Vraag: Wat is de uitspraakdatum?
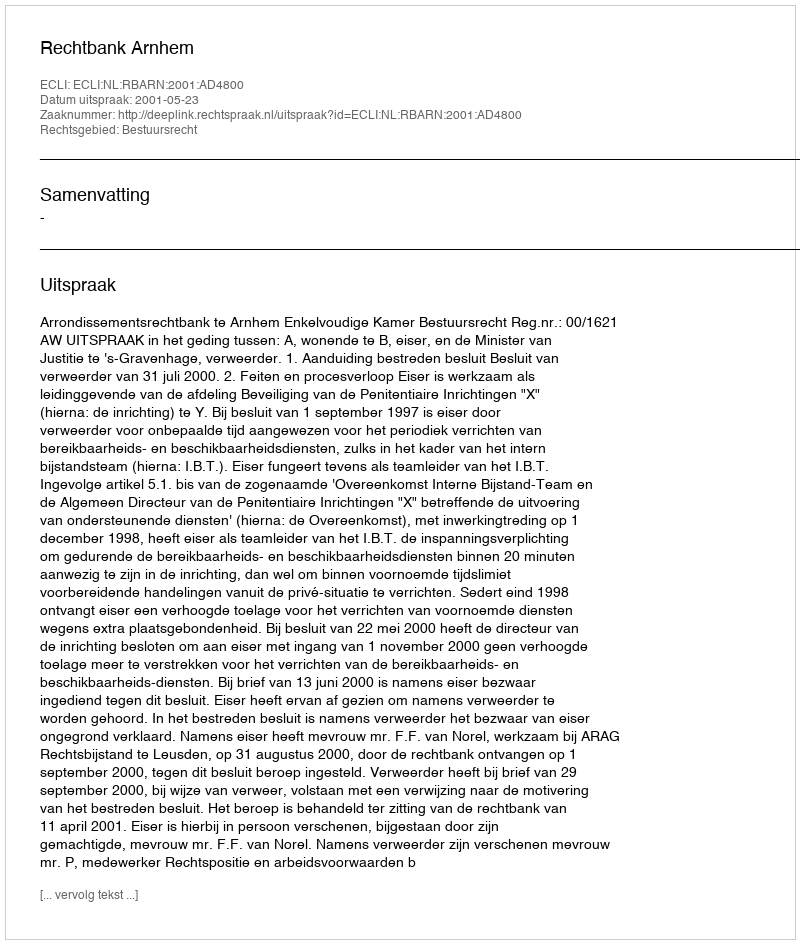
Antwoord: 2001-05-23